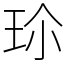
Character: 𭹀